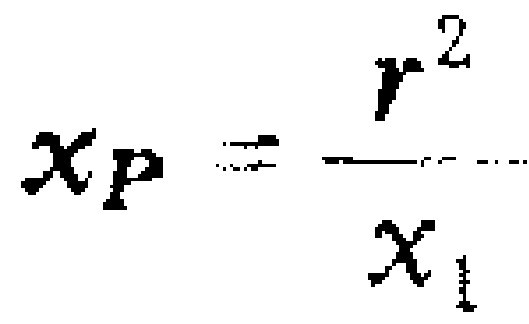
\(x_{P}=\frac{r^{2}}{x_{1}}\)